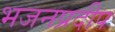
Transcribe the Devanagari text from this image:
भजनप्रदीप